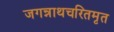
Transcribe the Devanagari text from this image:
जगन्नाथचरितमृत